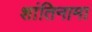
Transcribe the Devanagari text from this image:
शांतिनामा